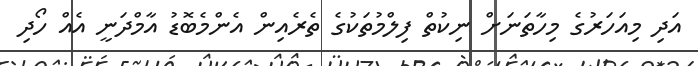
އަދި މިއަހަރުގެ މިހާތަނަށް ނިކުތް ފިލްމުތަކުގެ ތެރެއިން އެންމެބޮޑު އާމްދަނީ އެއް ހޯދި